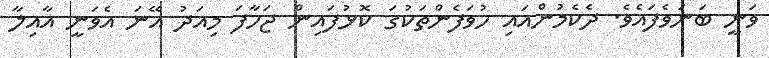
ވަނީ ބަނަވެފައެވެ. ދެކެމުންއައި ހުވަފެންތަކުގަ ކޮޅުފައިން ޖަހާފަ މިއަދު އޭނަ އެވަނީ އާއިލާ